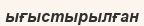
ығыстырылған